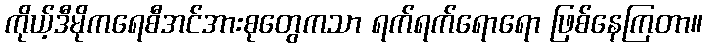
ကိုယ့်ဒီမိုကရေစီအင်အားစုတွေကသာ ရက်ရက်ရောရော ဖြစ်နေကြတာ။